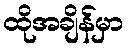
ထိုအချိန်မှာ